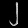
Digit: ၂